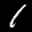
Label: 1